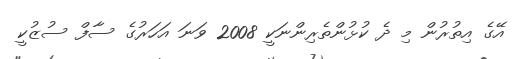
އޭގެ އިތުރުން މި ދެ ކުޅުންތެރިންނަކީ 2008 ވަނަ އަހަރުގެ ސާފް ސުޒުކީ